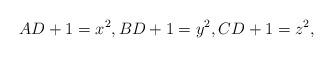
LaTeX: \begin{align*} AD+1=x^2,BD+1=y^2,CD+1=z^2,\end{align*}